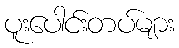
ပူးပေါင်းတပ်များ